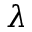
\lambda